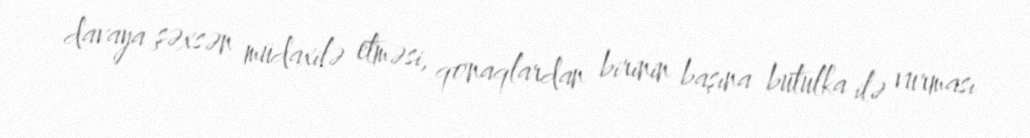
davaya şəxsən müdaxilə etməsi, qonaqlardan birinin başına butulka ilə vurması